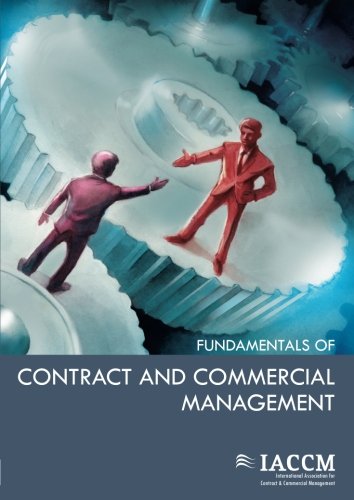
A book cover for IACCM Fundamentals of Contract and Commercial Management; Iaccm; Business & Money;